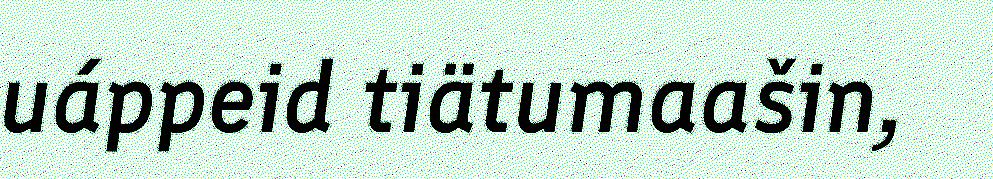
uáppeid tiätumaašin,